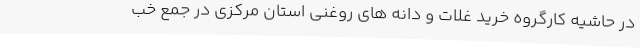
در حاشیه کارگروه خرید غلات و دانه های روغنی استان مرکزی در جمع خب